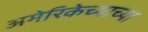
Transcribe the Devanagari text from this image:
अमेरिकेच्याच्या